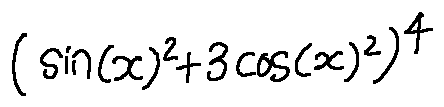
( \sin ( x ) ^ { 2 } + 3 \cos ( x ) ^ { 2 } ) ^ { 4 }